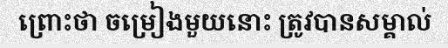
ព្រោះថា ចម្រៀងមួយនោះ ត្រូវបានសម្គាល់